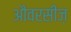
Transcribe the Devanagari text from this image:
औवरसीज़